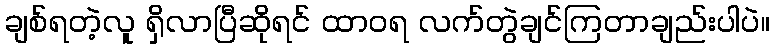
ချစ်ရတဲ့လူ ရှိလာပြီဆိုရင် ထာဝရ လက်တွဲချင်ကြတာချည်းပါပဲ။